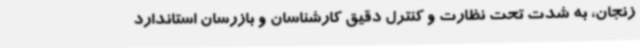
زنجان، به شدت تحت نظارت و کنترل دقیق کارشناسان و بازرسان استاندارد